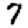
Digit: 7